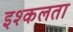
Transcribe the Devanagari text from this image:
इश्कलता